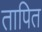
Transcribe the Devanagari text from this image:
तापित